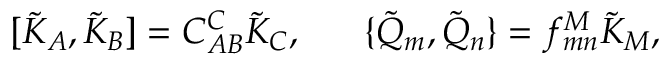
[ \tilde { K } _ { A } , \tilde { K } _ { B } ] = C _ { A B } ^ { C } \tilde { K } _ { C } , \ \ \ \ \ \{ \tilde { Q } _ { m } , \tilde { Q } _ { n } \} = f _ { m n } ^ { M } \tilde { K } _ { M } ,